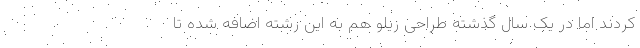
‌کردند اما در یک سال گذشته طراحی زیلو هم به این رشته اضافه شده تا